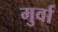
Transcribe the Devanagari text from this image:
मुर्वा